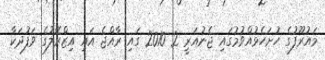
މައުރޫފުގެ ހުށަހެޅުއްވުމުގައި ޖެނުއަރީ 2 2010 ގައި ރާއްޖެ އައި އިޒްރޭލުގެ ވަފުދަކާ